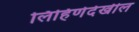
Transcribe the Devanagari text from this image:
लिहिणेदेखील